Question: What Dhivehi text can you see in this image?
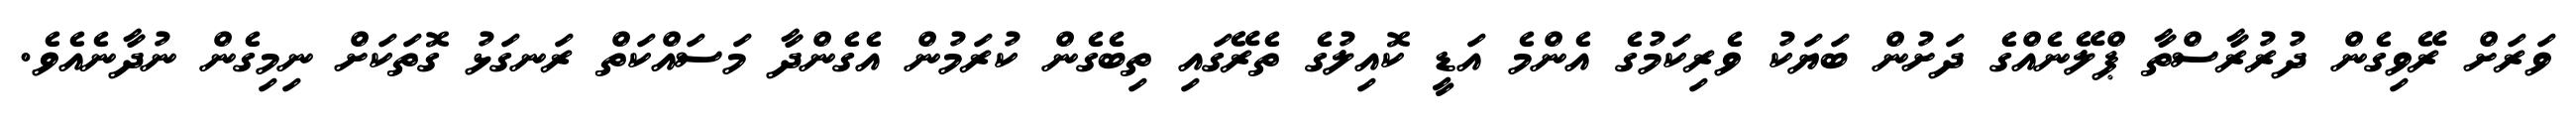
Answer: ވަރަށް ރޭވިގެން ދުރުރާސްތާ ޕްލޭނެއްގެ ދަށުން ބަޔަކު ވެރިކަމުގެ އެންމެ އަޑީ ކޮއިލުގެ ތެރޭގައި ތިބެގެން ކުރަމުން އެގެންދާ މަސައްކަތް ރަނގަޅު ގޮތަކަށް ނިމިގެން ނުދާނެއެވެ.